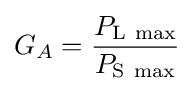
G_{A}={\frac {P_{\mathrm {L\ max} }}{P_{\mathrm {S\ max} }}}